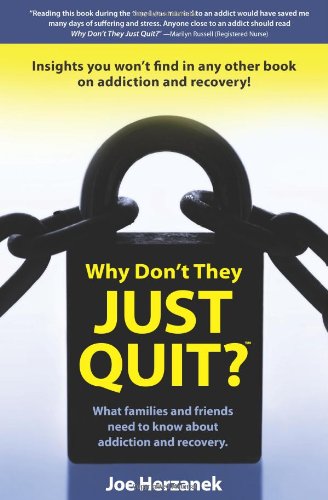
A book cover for Why Don't They JUST QUIT?; Joe Herzanek; Health, Fitness & Dieting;